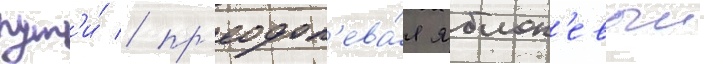
пут'и́ / пр'еодол'ева́я яблон'евыи